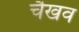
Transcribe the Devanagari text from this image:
चैखव